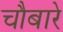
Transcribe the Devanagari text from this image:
चौबारे